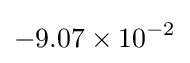
-9.07\times 10^{-2}